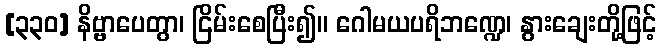
[၃၃၀] နိဗ္ဗာပေတွာ၊ ငြိမ်းစေပြီး၍။ ဂေါမယပရိဘဏ္ဍေ၊ နွားချေးတို့ဖြင့်